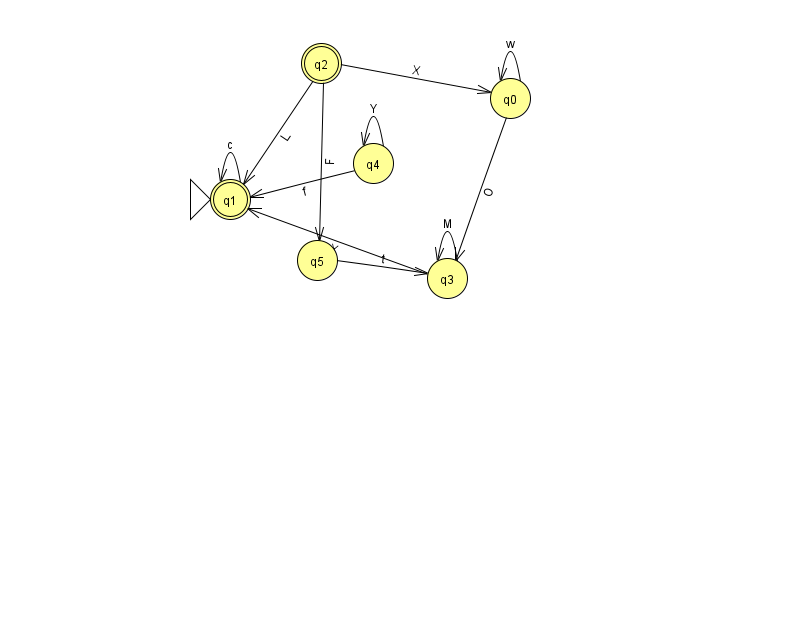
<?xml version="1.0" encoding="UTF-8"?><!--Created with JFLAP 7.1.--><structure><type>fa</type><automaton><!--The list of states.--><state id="0" name="q0"><x>510.0</x><y>85.0</y></state><state id="1" name="q1"><x>230.0</x><y>186.0</y><initial/><final/></state><state id="2" name="q2"><x>321.0</x><y>50.0</y><final/></state><state id="3" name="q3"><x>447.0</x><y>265.0</y></state><state id="4" name="q4"><x>373.0</x><y>150.0</y></state><state id="5" name="q5"><x>317.0</x><y>247.0</y></state><!--The list of transitions.--><transition><from>4</from><to>1</to><read>f</read></transition><transition><from>1</from><to>1</to><read>c</read></transition><transition><from>0</from><to>0</to><read>w</read></transition><transition><from>2</from><to>1</to><read>L</read></transition><transition><from>3</from><to>1</to><read>X</read></transition><transition><from>4</from><to>4</to><read>Y</read></transition><transition><from>2</from><to>5</to><read>F</read></transition><transition><from>2</from><to>0</to><read>X</read></transition><transition><from>5</from><to>3</to><read>t</read></transition><transition><from>3</from><to>3</to><read>M</read></transition><transition><from>0</from><to>3</to><read>O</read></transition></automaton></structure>